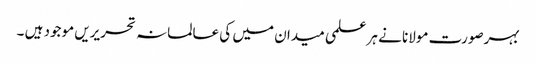
بہرصورت مولانا نے ہر علمی میدان میں کی عالمانہ تحریریں موجود ہیں ۔